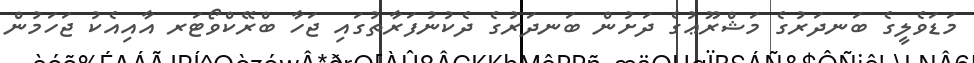
މަޑަވެލީގެ ބަނދަރުގެ މަޝްރޫޢުގެ ދަށުން ބަނދަރުގެ ދެކުނުފަރާތުގައި ޖަހާ ބްރޭކްވޯޓަރ އާއިއެކު ޖަހަމުން